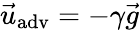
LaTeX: {\vec{u}}_{\mathrm{adv}}=-\gamma\vec{g}